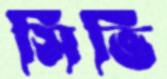
সিভি